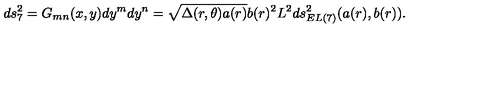
d s _ { 7 } ^ { 2 } = G _ { m n } ( x , y ) d y ^ { m } d y ^ { n } = \sqrt { \Delta ( r , \theta ) a ( r ) } b ( r ) ^ { 2 } L ^ { 2 } d s _ { E L ( 7 ) } ^ { 2 } ( a ( r ) , b ( r ) ) .